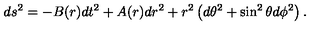
d s ^ { 2 } = - B ( r ) d t ^ { 2 } + A ( r ) d r ^ { 2 } + r ^ { 2 } \left( d \theta ^ { 2 } + \sin ^ { 2 } \theta d \phi ^ { 2 } \right) .